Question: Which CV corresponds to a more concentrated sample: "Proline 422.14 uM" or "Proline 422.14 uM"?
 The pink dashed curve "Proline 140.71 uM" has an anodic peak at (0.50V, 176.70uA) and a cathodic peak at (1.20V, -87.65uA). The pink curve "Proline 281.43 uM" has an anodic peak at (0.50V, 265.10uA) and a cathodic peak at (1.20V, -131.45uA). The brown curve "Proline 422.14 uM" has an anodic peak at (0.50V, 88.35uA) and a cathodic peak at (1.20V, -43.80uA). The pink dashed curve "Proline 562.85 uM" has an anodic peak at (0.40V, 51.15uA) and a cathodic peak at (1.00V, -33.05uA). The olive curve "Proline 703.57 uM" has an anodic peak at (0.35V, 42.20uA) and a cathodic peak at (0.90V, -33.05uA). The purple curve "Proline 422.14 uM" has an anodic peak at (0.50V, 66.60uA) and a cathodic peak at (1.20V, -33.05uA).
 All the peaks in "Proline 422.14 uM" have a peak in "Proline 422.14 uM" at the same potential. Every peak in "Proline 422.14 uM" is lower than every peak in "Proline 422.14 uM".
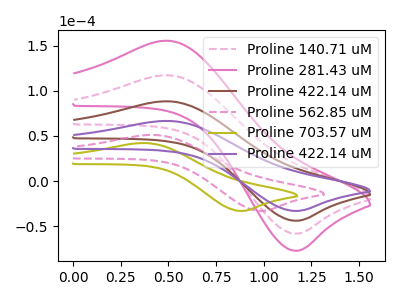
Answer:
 <answer>"Proline 422.14 uM" has less signal than "Proline 422.14 uM" and so likely has a lower concentration.</answer>
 <eval>less_concentration</eval>